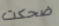
ضحكت